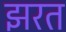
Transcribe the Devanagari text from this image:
झरत